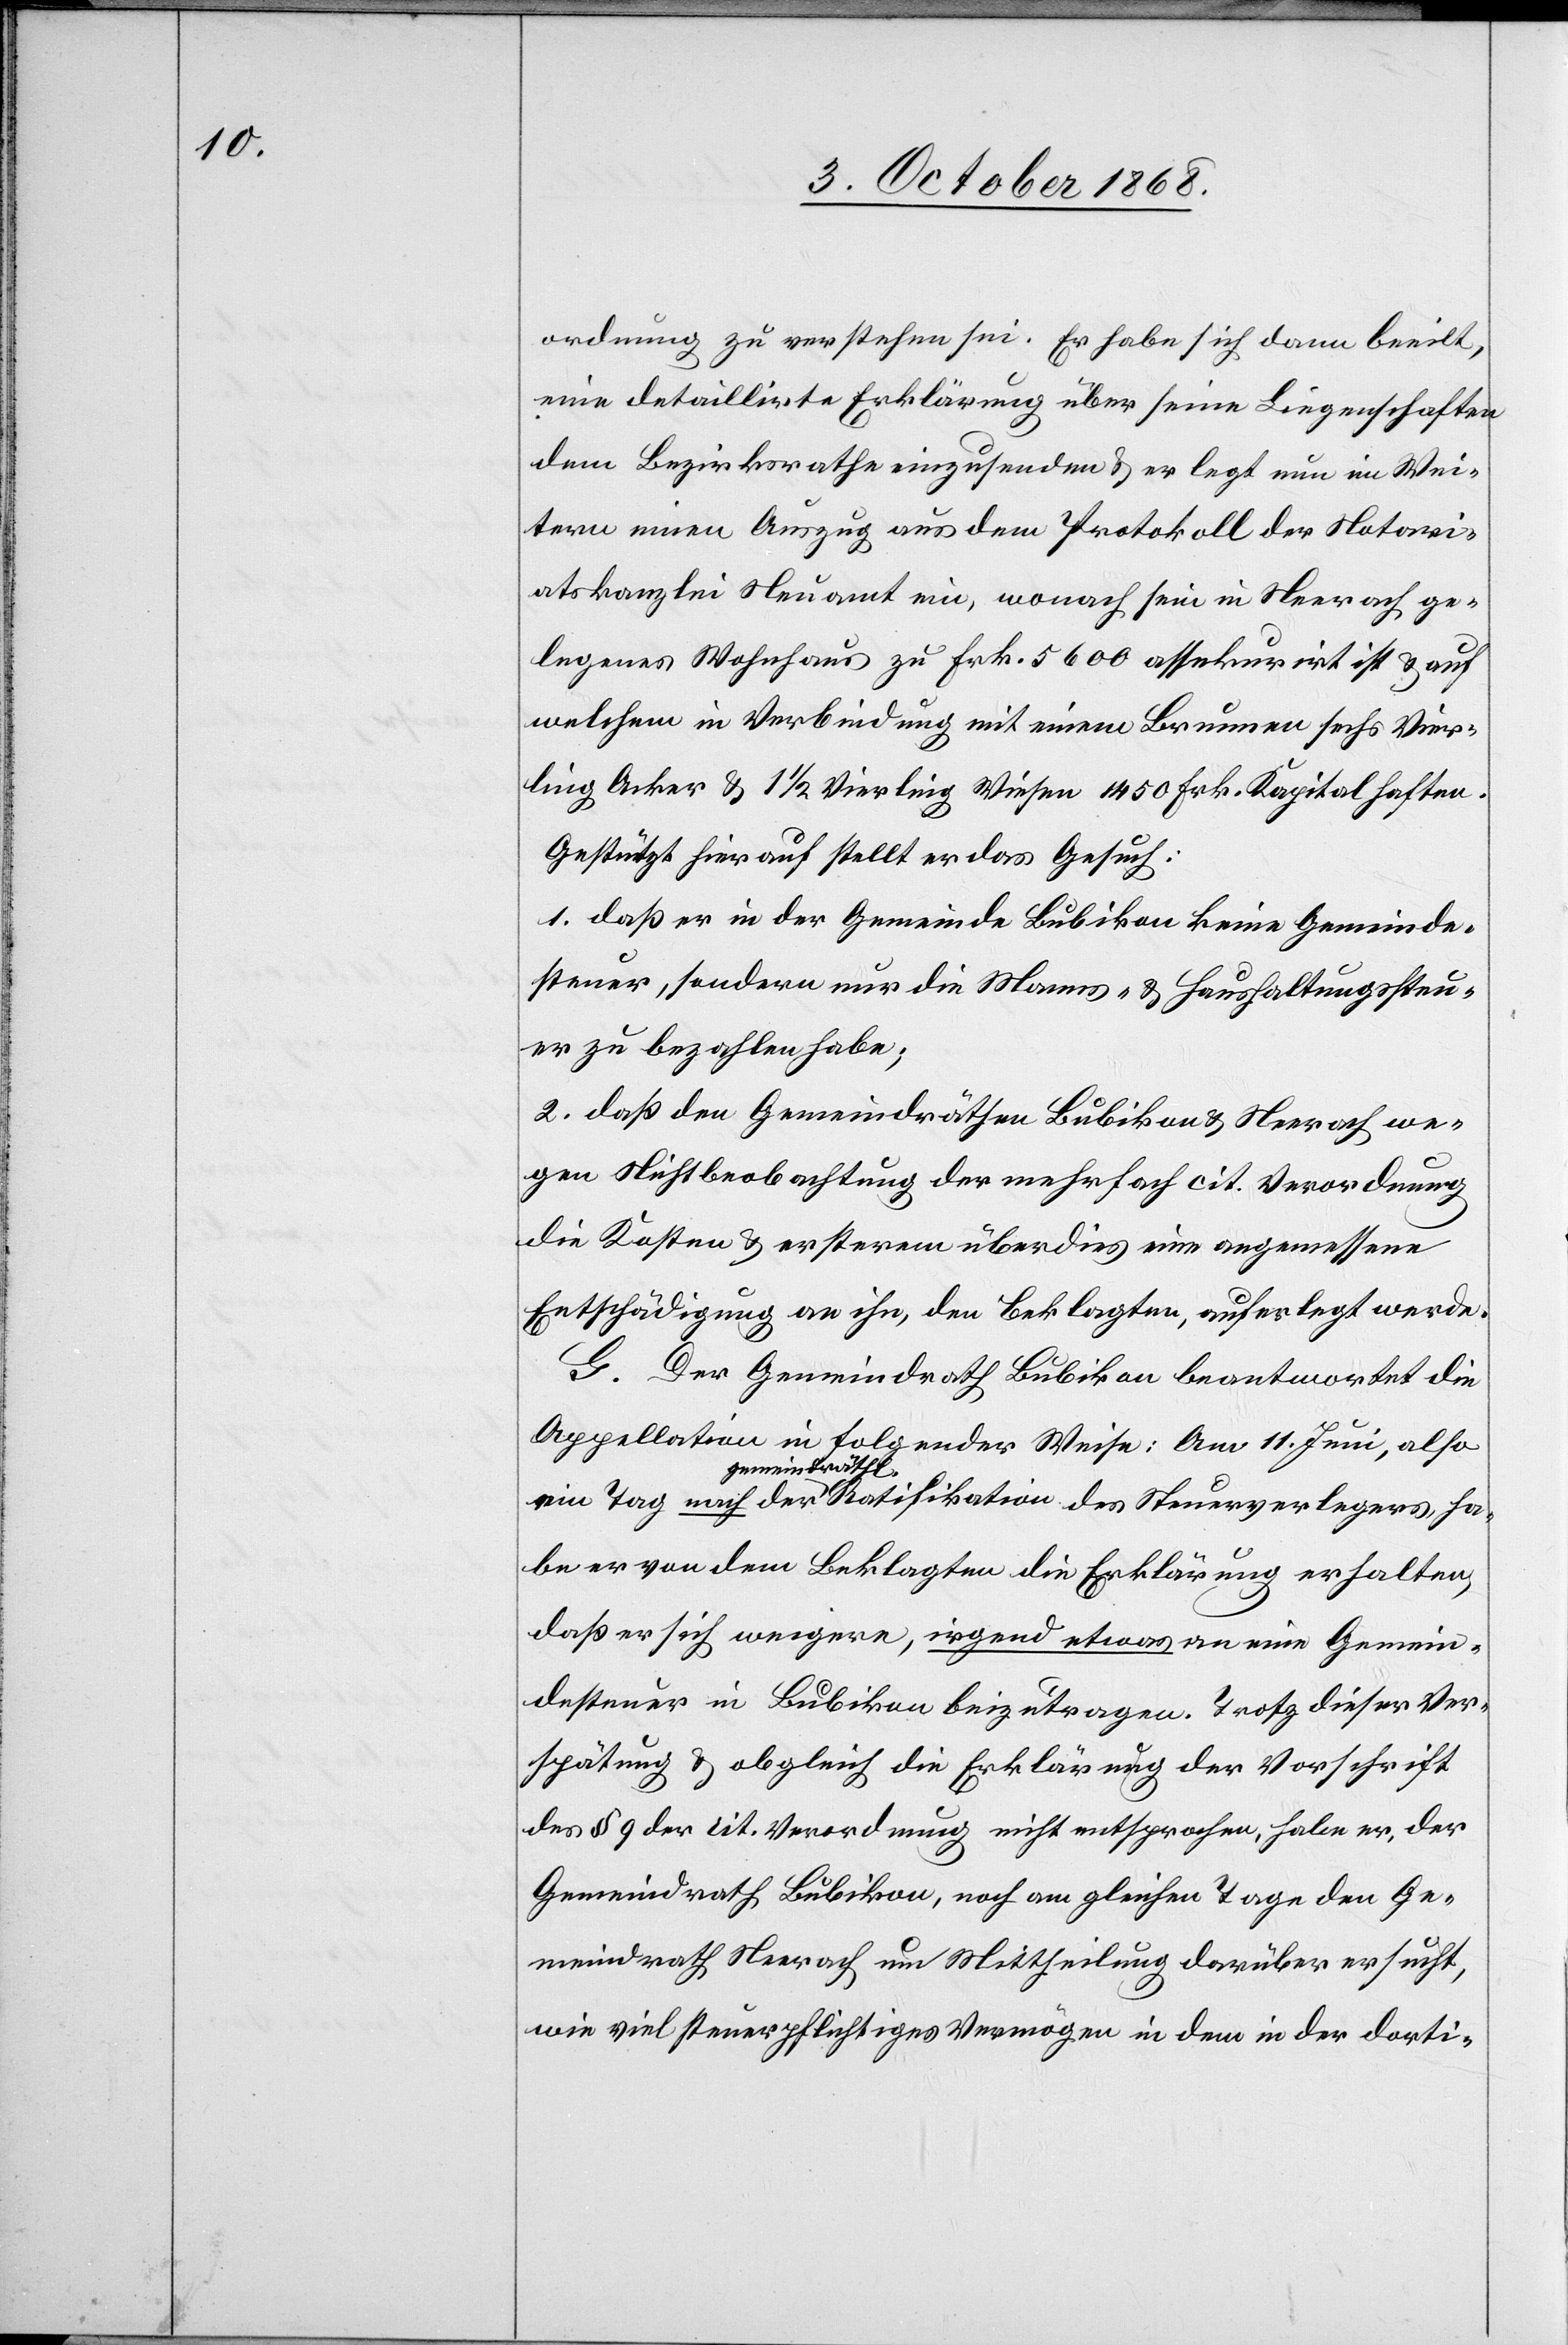
ordnung zu verstehen sei. Er habe sich dann beeilt,
eine detaillirte Erklärung über seine Liegenschaften
dem Bezirksrathe einzusenden & er legt nun im Wei¬
tern einen Auszug aus dem Protokoll der Notari¬
atskanzlei Neuamt ein, wonach sein in Neerach ge¬
legenes Wohnhaus zu Frk. 5600 assekurirt ist & auf
welchem in Verbindung mit einem Brunnen sechs Vier¬
ling Acker & 1 1/2 Vierling Wiesen 1450 Frk. Kapital haften.
Gestützt hierauf stellt er das Gesuch:
1. daß er in der Gemeinde Bubikon keine Gemeinde¬
steuer, sondern nur die Manns- & Haushaltungssteu¬
er zu bezahlen habe;
2. daß den Gemeindräthen Bubikon & Neerach we¬
gen Nichtbeobachtung der mehrfach cit. Verordnung
die Kosten & ersterem überdies eine angemessene
Entschädigung an ihn, den Beklagten, auferlegt werde.
G. Der Gemeindrath Bubikon beantwortet die
Appellation in folgender Weise: Am 11. Juni, also
gemeindräthl.
habe er von dem Beklagten die Erklärung erhalten,
daß er sich weigere, irgend etwas an eine Gemein¬
desteuer in Bubikon beizutragen. Trotz dieser Ver¬
spätung & obgleich die Erklärung der Vorschrift
des § 9 der cit. Verordnung nicht entsprochen, habe er, der
Gemeindrath Bubikon, noch am gleichen Tage den Ge¬
meindrath Neerach um Mittheilung darüber ersucht,
wie viel steuerpflichtiges Vermögen in dem in der dorti-